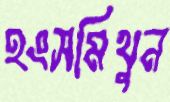
হংসমিথুন